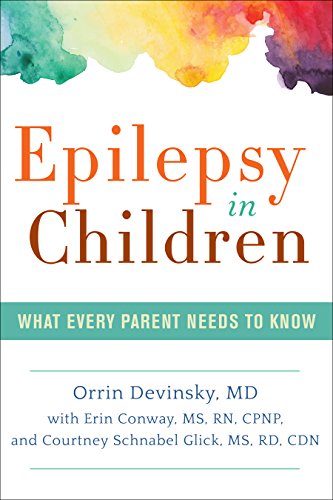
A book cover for Epilepsy in Children; Orrin Devinsky MD; Health, Fitness & Dieting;